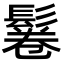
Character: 鬈